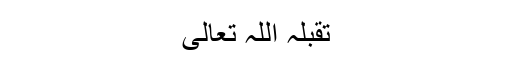
تقبلہ اللہ تعالی